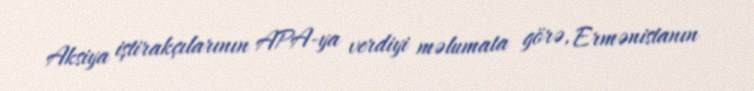
Aksiya iştirakçılarının APA-ya verdiyi məlumata görə, Ermənistanın